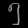
Digit: ၅